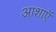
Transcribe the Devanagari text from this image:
आशाऍ